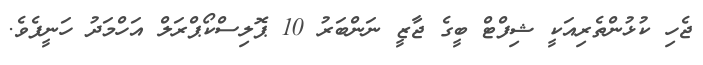
ޖެހި ކުޅުންތެރިއަކީ ޝިފްޓް ބީގެ ޖާޒީ ނަންބަރު 10 ޕޮލިސްކޯޕްރަލް އަހްމަދު ހަނީފެވެ.